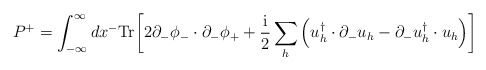
\begin{align*}P^+=\int ^\infty _{-\infty} dx^- \mbox{Tr} \biggl[2 \partial_- \phi_- \cdot \partial_- \phi_++ {{\rm i} \over 2} \sum_h \left ( u^\dagger_h \cdot\partial_- u_h -\partial_-u^\dagger_h \cdot u_h \right )\biggr ]\end{align*}